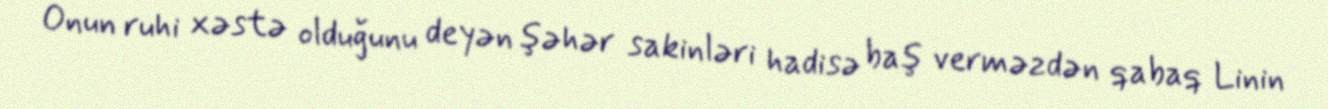
Onun ruhi xəstə olduğunu deyən şəhər sakinləri hadisə baş verməzdən qabaq Linin